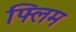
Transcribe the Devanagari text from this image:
फ्लिम